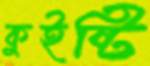
কুইষ্টি